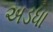
અડધા